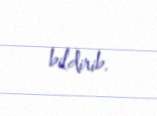
bildirib.